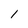
Character: 1